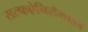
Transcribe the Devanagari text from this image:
सल्फऐनिलैमाइड